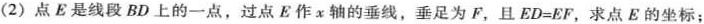
(2)点E是线段BD上的一点，过点E作x轴的垂线，垂足为F，且$$E D = E F$$，求点E的坐标；